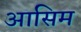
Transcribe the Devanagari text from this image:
आसिम